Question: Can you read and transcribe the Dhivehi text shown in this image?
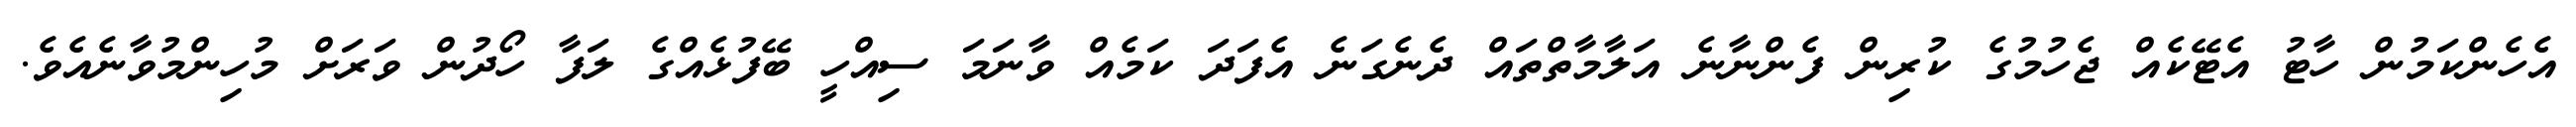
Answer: އެހެންކަމުން ހާޓު އެޓޭކެއް ޖެހުމުގެ ކުރިން ފެންނާނެ އަލާމާތްތައް ދެނެގަނެ އެފަދަ ކަމެއް ވާނަމަ ސިއްހީ ބޭފުޅެއްގެ ލަފާ ހޯދުން ވަރަށް މުހިންމުވާނެއެވެ.